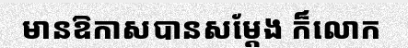
មានឱកាសបានសម្តែង ក៏លោក